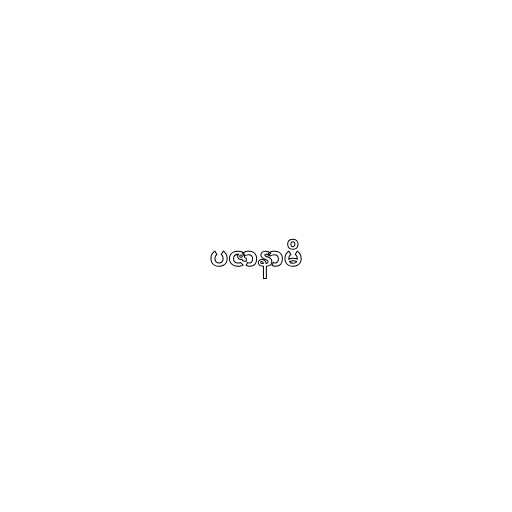
ပဇာနာမိ